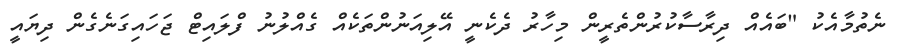
ނެތުމާއެކު "ބައެއް ދިރާސާކުރުންތެރީން މިހާރު ދެކެނީ އޭލިއަނުންތަކެއް ގެއްލުނު ފްލައިޓް ޖަހައިގަނެގެން ދިޔައީ